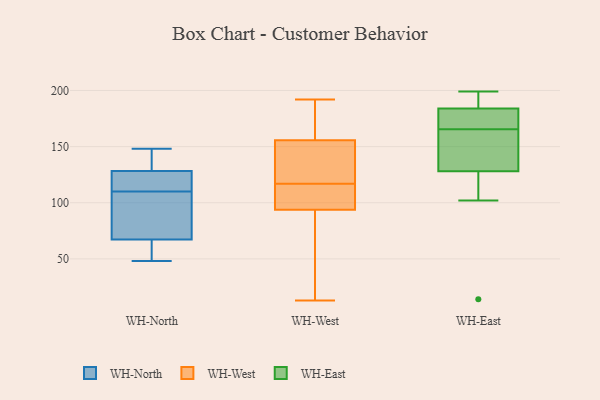
{"axis": {"x": "Active Users", "y": "Value"}, "legend": ["WH-East", "WH-North", "WH-West"], "data": [{"x": "", "y": 114, "type": "WH-North"}, {"x": "", "y": 48, "type": "WH-North"}, {"x": "", "y": 96, "type": "WH-North"}, {"x": "", "y": 133, "type": "WH-North"}, {"x": "", "y": 61, "type": "WH-North"}, {"x": "", "y": 74, "type": "WH-North"}, {"x": "", "y": 112, "type": "WH-North"}, {"x": "", "y": 65, "type": "WH-North"}, {"x": "", "y": 148, "type": "WH-North"}, {"x": "", "y": 110, "type": "WH-North"}, {"x": "", "y": 134, "type": "WH-North"}, {"x": "", "y": 117, "type": "WH-West"}, {"x": "", "y": 62, "type": "WH-West"}, {"x": "", "y": 113, "type": "WH-West"}, {"x": "", "y": 98, "type": "WH-West"}, {"x": "", "y": 154, "type": "WH-West"}, {"x": "", "y": 135, "type": "WH-West"}, {"x": "", "y": 106, "type": "WH-West"}, {"x": "", "y": 66, "type": "WH-West"}, {"x": "", "y": 136, "type": "WH-West"}, {"x": "", "y": 183, "type": "WH-West"}, {"x": "", "y": 161, "type": "WH-West"}, {"x": "", "y": 168, "type": "WH-West"}, {"x": "", "y": 192, "type": "WH-West"}, {"x": "", "y": 107, "type": "WH-West"}, {"x": "", "y": 119, "type": "WH-West"}, {"x": "", "y": 81, "type": "WH-West"}, {"x": "", "y": 13, "type": "WH-West"}, {"x": "", "y": 161, "type": "WH-East"}, {"x": "", "y": 199, "type": "WH-East"}, {"x": "", "y": 176, "type": "WH-East"}, {"x": "", "y": 102, "type": "WH-East"}, {"x": "", "y": 128, "type": "WH-East"}, {"x": "", "y": 193, "type": "WH-East"}, {"x": "", "y": 14, "type": "WH-East"}, {"x": "", "y": 170, "type": "WH-East"}, {"x": "", "y": 184, "type": "WH-East"}, {"x": "", "y": 152, "type": "WH-East"}]}